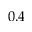
0 . 4